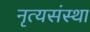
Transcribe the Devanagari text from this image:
नृत्यसंस्था